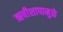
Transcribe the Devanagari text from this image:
ऋषीशापामुळे